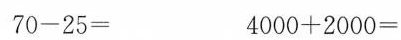
70-25= 4000+2000=